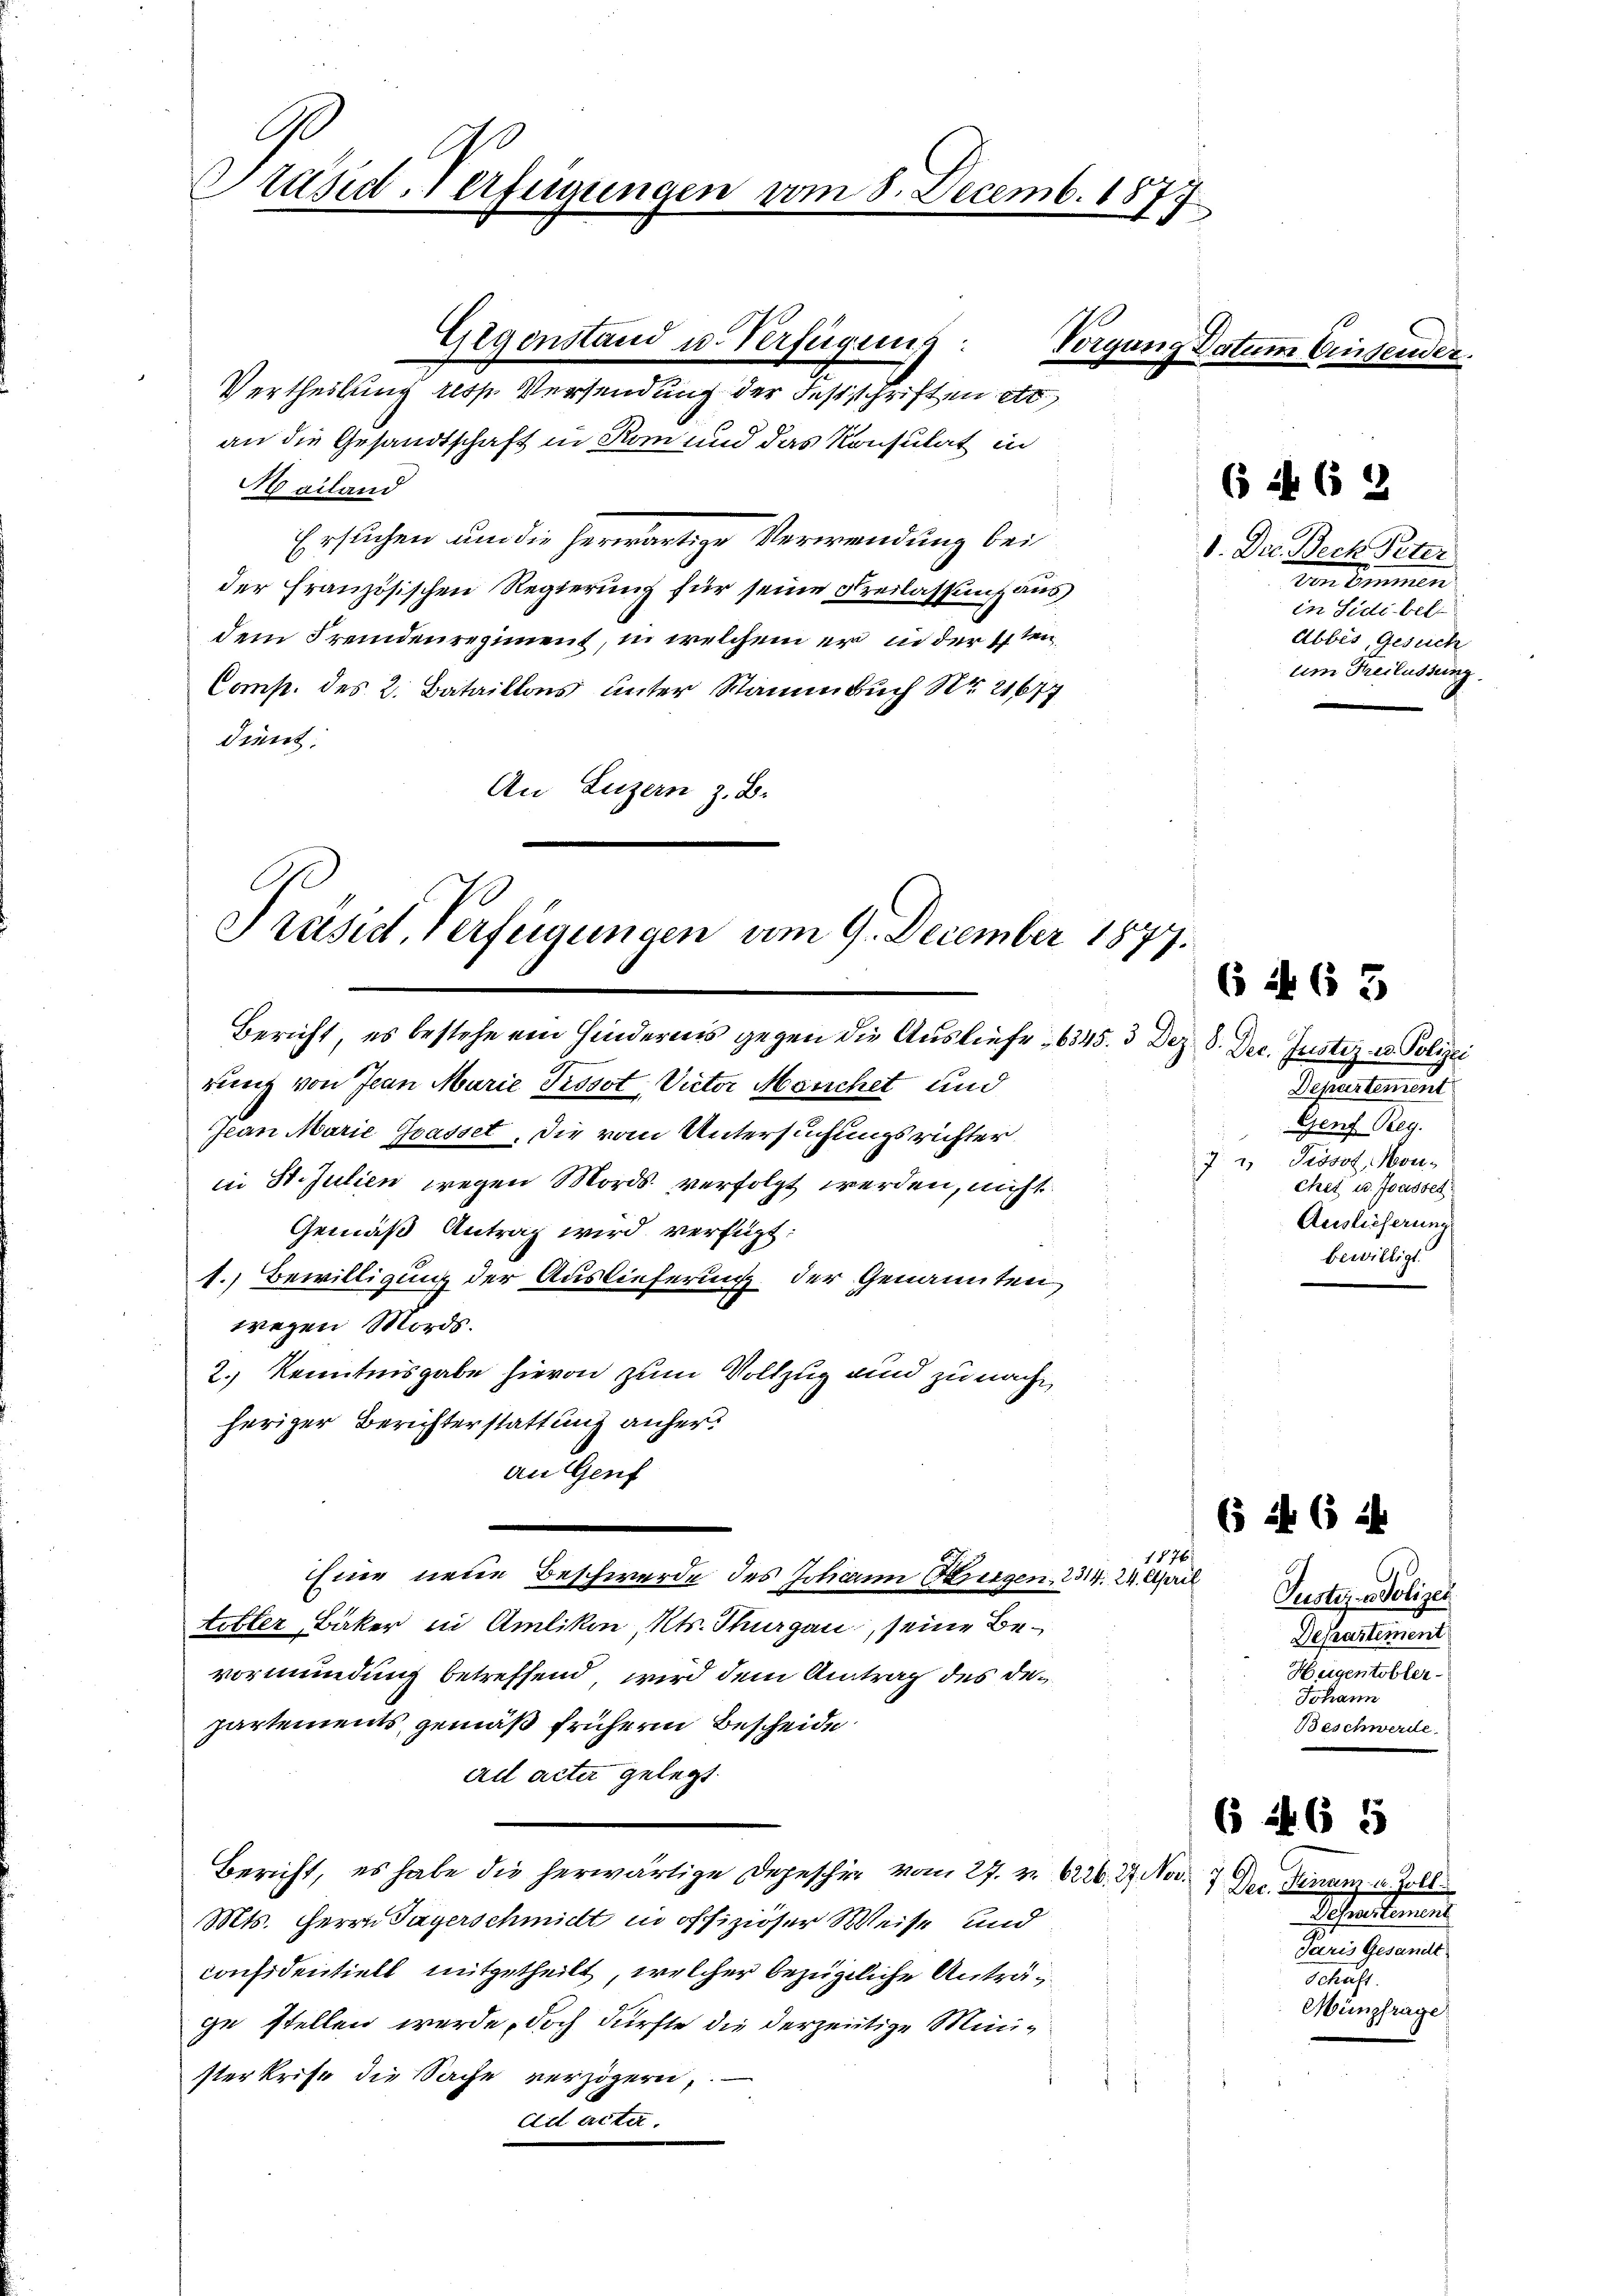
G
x
Präsid. Verfügungen vom 8. Decemb. 1877

Gegenstand u. Verfügung:
Vertheilung resp. Versendung der Festschriften etc.
an die Gesandtschaft in Rom und das Konsulat in
Mailand
Ersuchen um die herwärtige Verwendung bei
der französischen Regierung für seine Freilassung aus
dem Fremdenregiment, in welchem er in der 4ten
Comp. des 2. Bataillons unter Stammbuch Nr. 21677
dient.
An Luzern z. B.

Präsid. Verfügungen vom 9. December 1877.

Bericht, es bestehe ein Hindernis gegen die Ausliefe 6345. 3 Dez. 8. Dec. Justiz- u. Polizei

runt von Jean Marie Pissot, Victor Mönchet und
Jean Marie Grasset, die vom Untersuchungsrichter
in St. Julien wegen Mords verfolgt werden, nicht
Gemäß Antrag wird verfügt:
1.) Bewilligung der Auslieferung der Genannten
wegen Mords.
2.) Kenntnisgabe hievon zum Vollzug und zu nachheriger Berichterstattung anheran Genf
tibler Bäker in Amlikon, Kts. Thurgau, seine Bevormundung betreffend, wird dem Antrag des Departements gemäß frühern Bescheide
ad acter gelegt.
Bericht, es habe die herwärtige Depeschie vom 27. v. 6226. 27. Nov. 17 Dec. Finanz u. Zoll
Mts. Herrn Payerschmidt in offiziöser Weise und
confidentiell mitgetheilt, welcher bezügliche Anträg
ge stellen werde, doch dürfte die derzeitige Ministerkrist die Sache verzögern,
ad acta.

1176
hine neue Beschwerde des Johann Bereigen, 2314. 24. April

Torgun

Datum Einsender.

6

52

1. Die Bech Peter
von Emmen
in Sidi bel
Abbes, Gesuch
um Freilassung.

Departement
Genf Reg.
7 " Provoz, Monchet u. Joasse
Auslieferung
bewilligt.

( 2

6 463

Pustiz- u. Polizei
Departement
Heigentobler-
Johann
Beschwerde.

265

Schreibens
Paris Gesandt
Schaft
Münzfrage